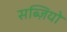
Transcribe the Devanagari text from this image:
सब्ज़ियो